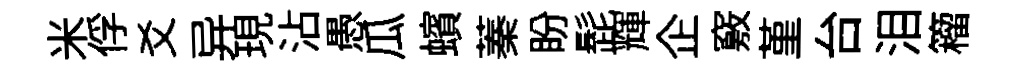
米俘爻异現沾愚瓜蠙蓁盼髭輝企竅堇台泪籕